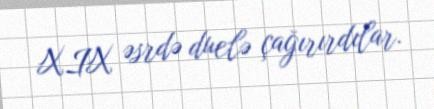
XIX əsrdə duelə çağırırdılar.